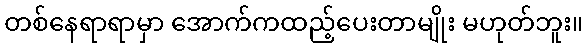
တစ်နေရာရာမှာ အောက်ကထည့်ပေးတာမျိုး မဟုတ်ဘူး။